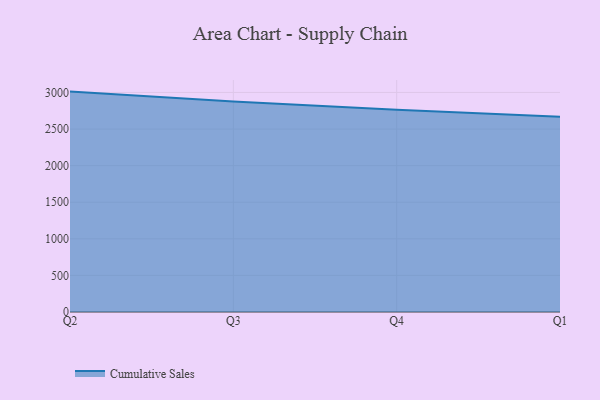
{"axis": {"x": "Quarter", "y": "Headcount"}, "legend": ["Cumulative Sales"], "data": [{"x": "Q2", "y": 3011.7, "type": "Cumulative Sales"}, {"x": "Q3", "y": 2876.2, "type": "Cumulative Sales"}, {"x": "Q4", "y": 2764.6, "type": "Cumulative Sales"}, {"x": "Q1", "y": 2667.5, "type": "Cumulative Sales"}]}